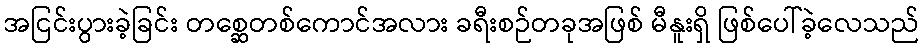
အငြင်းပွားခဲ့ခြင်း တစ္ဆေတစ်ကောင်အလား ခရီးစဉ်တခုအဖြစ် မီနူးရှိ ဖြစ်ပေါ်ခဲ့လေသည်